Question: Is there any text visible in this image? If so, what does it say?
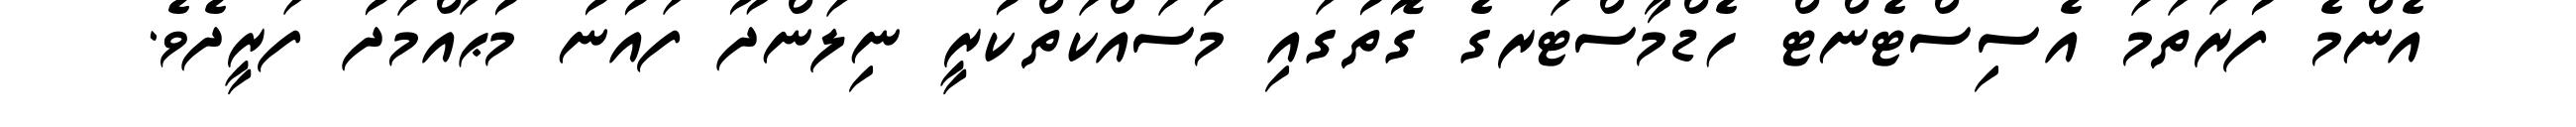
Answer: އެންމެ ފުރަތަމަ އެސިސްޓެންޓް ހެޑްމާސްޓަރގެ ގޮތުގައި މަސައްކަތްކުރީ ނިލަންދޫ ފައުނު މުޙައްމަދު ފަރީދެވެ.